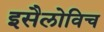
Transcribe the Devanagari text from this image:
इसैलोविच